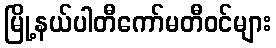
မြို့နယ်ပါတီကော်မတီဝင်များ